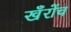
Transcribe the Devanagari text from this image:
खँरोंच